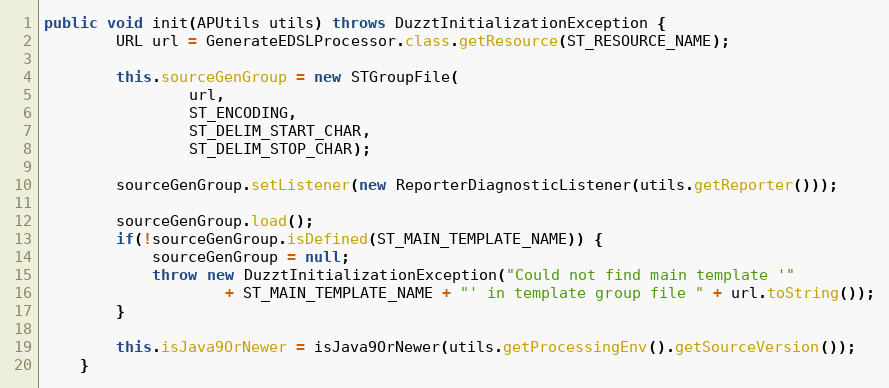
Language: Java
public void init(APUtils utils) throws DuzztInitializationException {
		URL url = GenerateEDSLProcessor.class.getResource(ST_RESOURCE_NAME);

		this.sourceGenGroup = new STGroupFile(
				url,
				ST_ENCODING,
				ST_DELIM_START_CHAR,
				ST_DELIM_STOP_CHAR);

		sourceGenGroup.setListener(new ReporterDiagnosticListener(utils.getReporter()));

		sourceGenGroup.load();
		if(!sourceGenGroup.isDefined(ST_MAIN_TEMPLATE_NAME)) {
			sourceGenGroup = null;
			throw new DuzztInitializationException("Could not find main template '"
					+ ST_MAIN_TEMPLATE_NAME + "' in template group file " + url.toString());
		}

		this.isJava9OrNewer = isJava9OrNewer(utils.getProcessingEnv().getSourceVersion());
	}